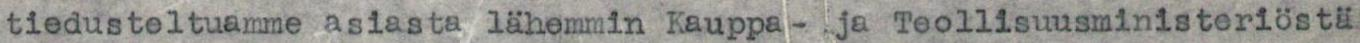
tiedusteltuamme asiasta lähemmin Kauppa- ja Teollisuusministeriöstä